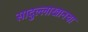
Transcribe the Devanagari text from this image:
सादुल्लाखानचा